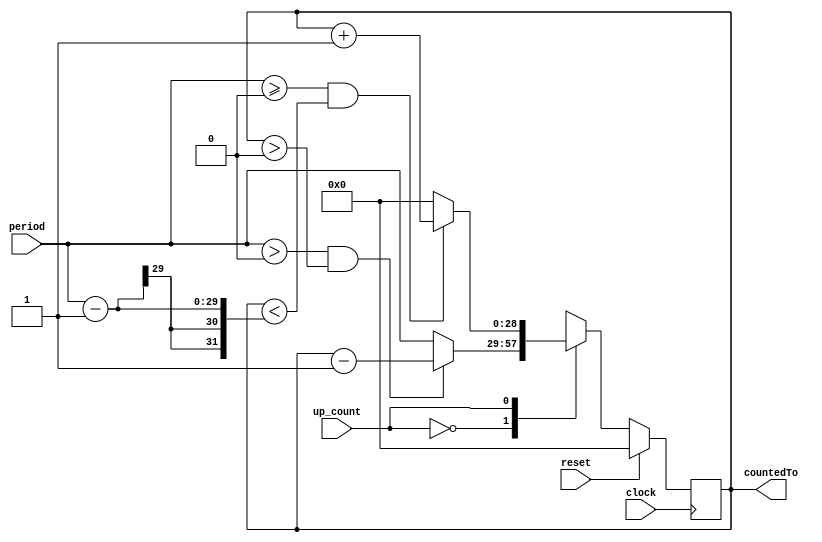
`timescale 1ns / 1ps
//////////////////////////////////////////////////////////////////////////////////
// Company: 
// Engineer: 
// 
// Design Name: 
// Module Name: counter
// Project Name: 
// Target Devices: 
// Tool Versions: 
// Description: 
// 
// Dependencies: 
// 
// Revision:
// Revision 0.01 - File Created
// Additional Comments:
// 
//////////////////////////////////////////////////////////////////////////////////
//counts up to 100,000,000

module counter(
 input clock, reset, up_count,
    input [28:0] period,
    output reg [28:0] countedTo 
    );
    
    always@(posedge clock) begin
        if ( reset )
            countedTo <= 0;
        else begin
            case(up_count)
                1'b0: if ( period > 0 && ( countedTo > 0 ) )
                        countedTo <= countedTo - 1;
                      else
                        countedTo <= period;
                1'b1: if ( period >= 0 && ( countedTo < period-1 )  ) 
                        countedTo <= countedTo + 1;
                      else
                        countedTo <= 0;
            endcase
        end
    end
    
endmodule